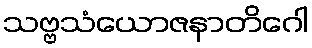
သဗ္ဗသံယောဇနာတိဂေါ